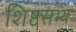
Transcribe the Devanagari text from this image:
शिष्टसभ्य